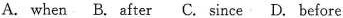
A.when B. after C. since D. before